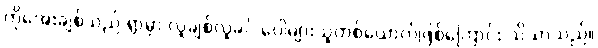
ကိုအေးချစ်သည် ရွာမှာ လူချစ်လူခင် ပေါများသူတစ်ယောက်ဖြစ်ကြောင်း သိသာသည်။